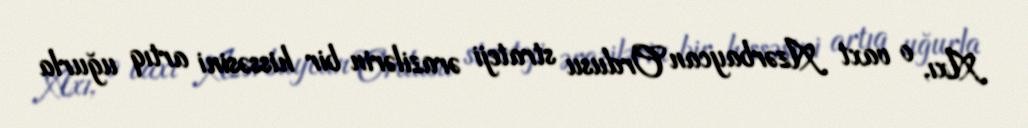
Axı, o vaxt Azərbaycan Ordusu strateji ərazilərin bir hissəsini artıq uğurla